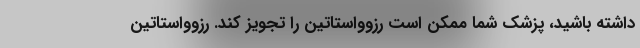
داشته باشید، پزشک شما ممکن است رزوواستاتین را تجویز کند. رزوواستاتین